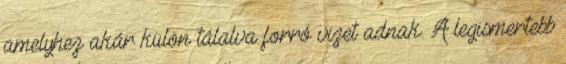
amelyhez akár külön tálalva forró vizet adnak. A legismertebb